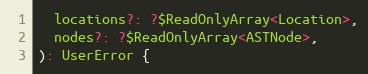
Language: JavaScript
  locations?: ?$ReadOnlyArray<Location>,
  nodes?: ?$ReadOnlyArray<ASTNode>,
): UserError {